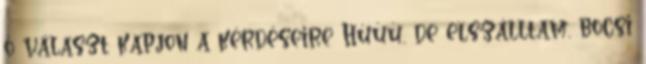
ő választ kapjon a kérdéseire Húúú, de elszálltam, bocsi